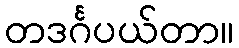
တဒင်္ဂပယ်တာ။